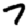
Digit: 7